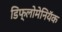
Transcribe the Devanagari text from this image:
डिफ्लोमेनियॅक